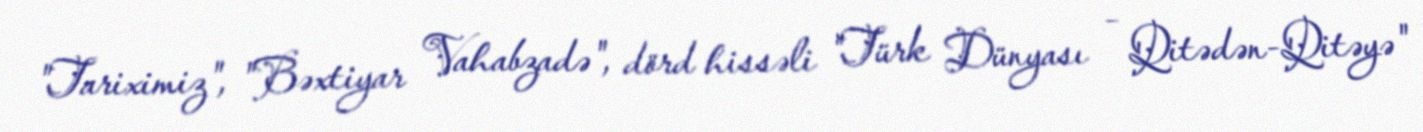
"Tariximiz", "Bəxtiyar Vahabzadə", dörd hissəli "Türk Dünyası – Qitədən-Qitəyə"